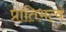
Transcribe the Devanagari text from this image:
प्रातिभत्वं